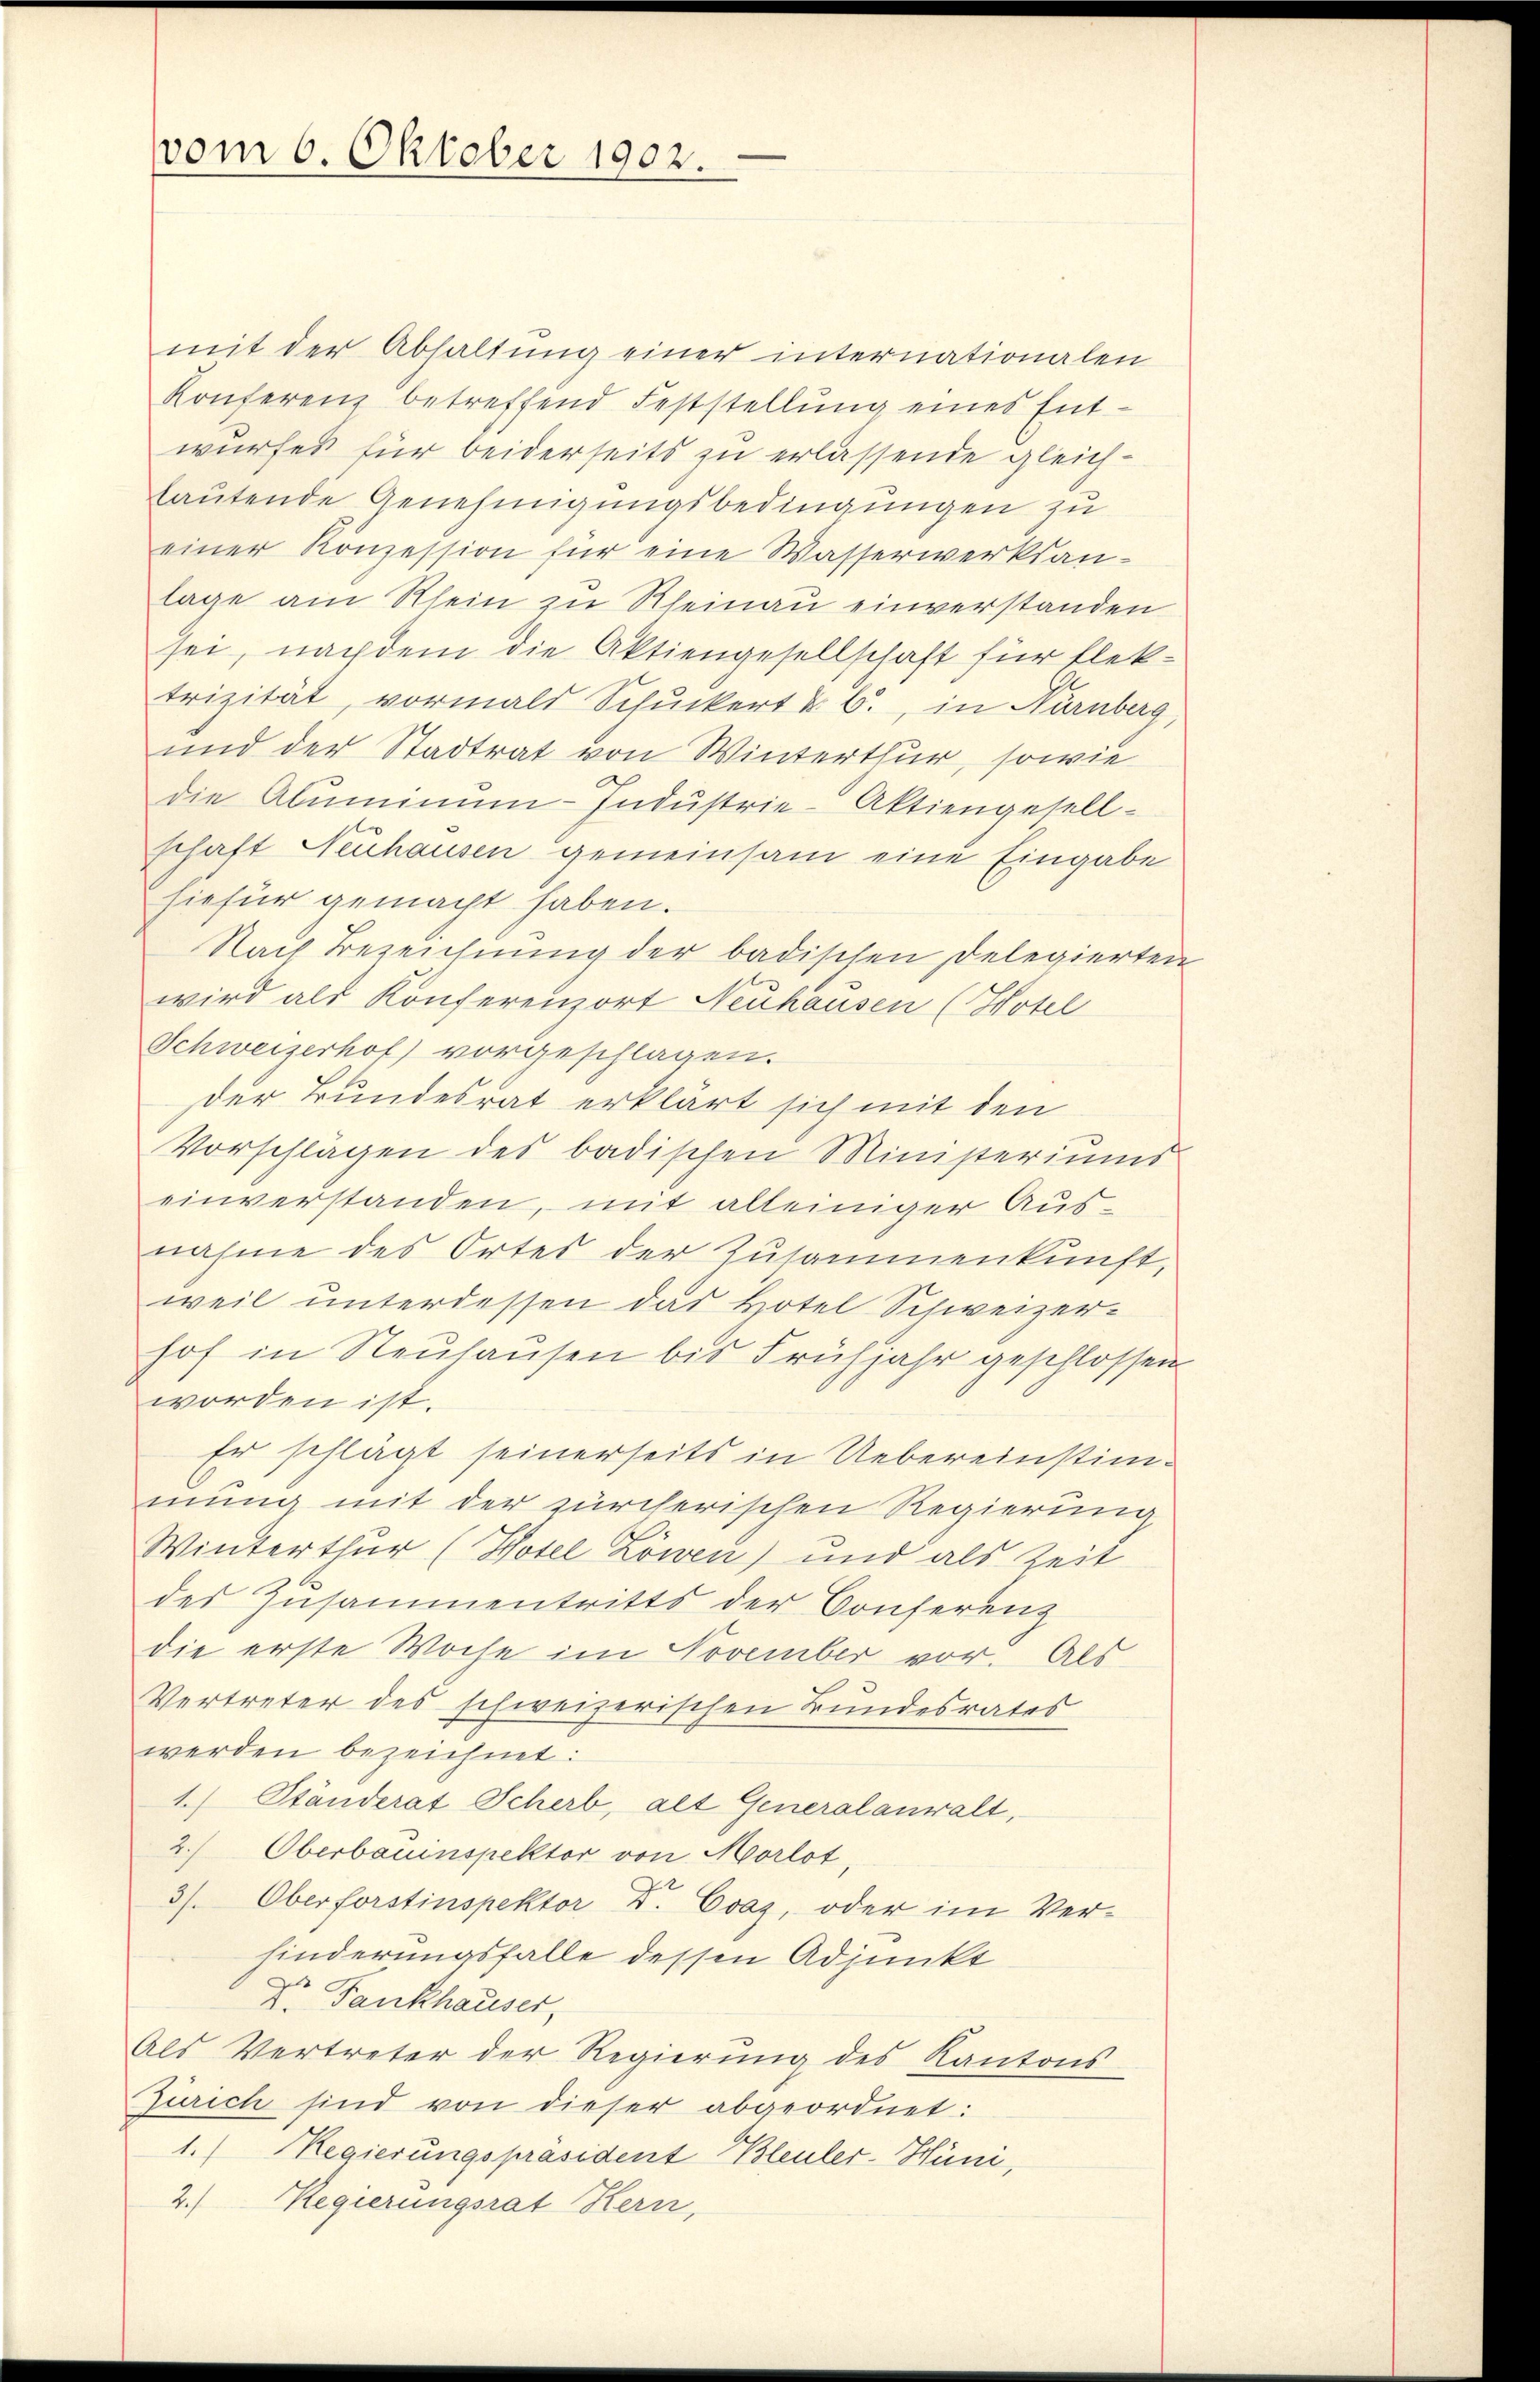
vom 6. Oktober 1902.

mit der Abhaltung einer internationalen
Konferenz betreffend Feststellŭng eines Entwurfes für beiderseits zu erlassende gleichlautende Genehmigungsbedingungen zu
einer Konzession für eine Wasserwerksanlage am Klein zu Rheinau einverstanden
sei, nachdem die Aktiengesellschaft für flektrizität, vormals Schuckert u. 6., in Nürnberg,
und der Stadtrat von Winterthur, sowie
die Aluminŭm-Industrie-Aktiengesell-
schaft Neuhausen gemeinsam eine Eingabe
hiefür gemacht haben.
Nach Bezeichnung der badischen Delegierten
wird als Konferenzort Neuhausen (Hotel
Schweizerhof) vorgeschlagen.
der Bundesrat erklärt sich mit den
Vorschlägen des badischen Ministeriums
einverstanden, mit alleiniger Ausnahme des Ortes der Zusammenkunft,
weil unterdessen das Hotel Schweizer-
hof in Neuhausen bis Frühjahr geschlossen
worden ist.
Er schlägt seinerseits in Uebereinstimmung mit der zürcherischen Regierung
Winterthur (Hotel Löwen) und als Zeit
des Zusammentritts der Conferenz
die erste Woche im November vor. Als
Vertreter des schweizerischen Bundesrates
werden bezeichnet:
1.) Ständerat Scherb, alt Generalanwalt,
2. Oberbauinspektor von Morlot,
3). Oberforstinspektor D. Evaz, oder im Verhinderungsfalle dessen Adjunkt
Dr. Fankhauser,
Als Vertreter der Regierung des Kantons
Zürich sind von dieser abgeordnet:
1. Regierungspräsident Bleuler-Hüni,
2.) Regierungsrat Kern,